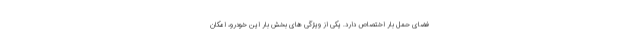
فضای حمل بار اختصاص دارد. یکی از ویژگی های بخش بار این خودرو، امکان